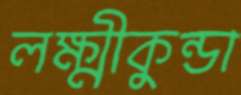
লক্ষ্মীকুন্ডা